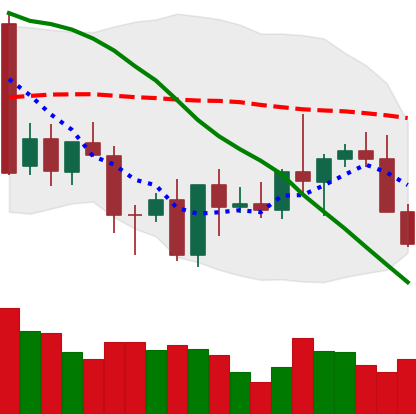
Ticker: XMR-USD
Chart end date: 2022-10-02
Forward return: 6.984%
Label: up_5_7